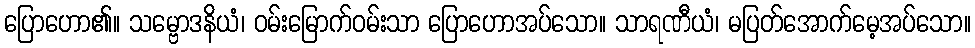
ပြောဟော၏။ သမ္ဗောဒနိယံ၊ ဝမ်းမြောက်ဝမ်းသာ ပြောဟောအပ်သော။ သာရဏီယံ၊ မပြတ်အောက်မေ့အပ်သော။